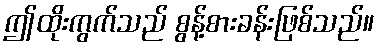
ဤထိုးကွက်သည် စွန့်စားခန်းဖြစ်သည်။